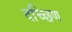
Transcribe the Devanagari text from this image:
दच्छिण